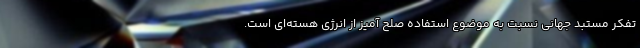
تفکر مستبد جهانی نسبت به موضوع استفاده صلح آمیز از انرژی هسته‌ای است.